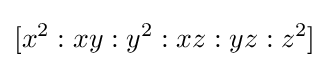
[x^{2}:xy:y^{2}:xz:yz:z^{2}]